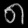
Digit: ၈